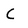
Character: C